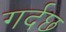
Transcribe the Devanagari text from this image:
गर्दछ